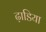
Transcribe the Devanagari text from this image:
ढ़ाडिया